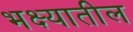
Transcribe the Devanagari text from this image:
भक्ष्यातील